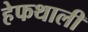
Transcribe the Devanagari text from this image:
हेफथाली